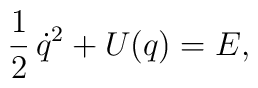
{\frac12}\,{\dot q}^{2}+U(q)={E},